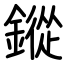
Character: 鏦